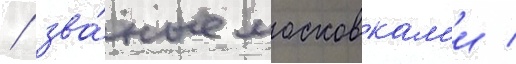
/ зва́ные московкам'и /